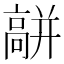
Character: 𩫑